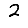
Digit: 2